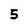
Character: 5